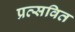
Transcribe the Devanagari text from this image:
प्रत्सवित